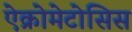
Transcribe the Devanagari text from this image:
ऐक्रोमेटोसिस